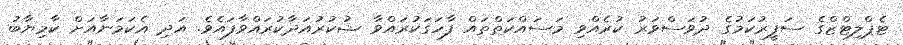
ޓެޕްލިޓްޒްގެ ސަފީރުކަމުގެ ދުވަސްވަރު ކުރެއްވި މަސައްކަތްތައް ފާހަގަކުރައްވާ ޝުކުރުއަދާކުރައްވާފައެވެ. އަދި އެކަމަނާއަށް ކާމިޔާބު